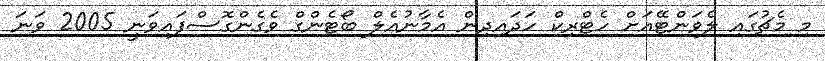
މި މެޗުގައި ލެވަންޓޭއަށް ހެޓްރިކް ހަދައިދިން އެމާނުއެލް ބޯޓެންގް ވެގެންގޮސްފައިވަނީ 2005 ވަނަ